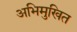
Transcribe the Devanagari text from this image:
अभिमुखित